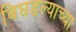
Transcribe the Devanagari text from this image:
बिघडल्याच्या